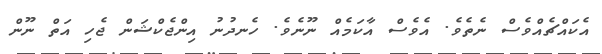
އެކައްޗެއްވެސް ނެތެވެ. އެވެސް އާކަމެއް ނޫނެވެ. ހެނދުނު އިންޖެކްޝަން ޖެހި އަތް ނޫން